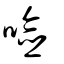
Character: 噞